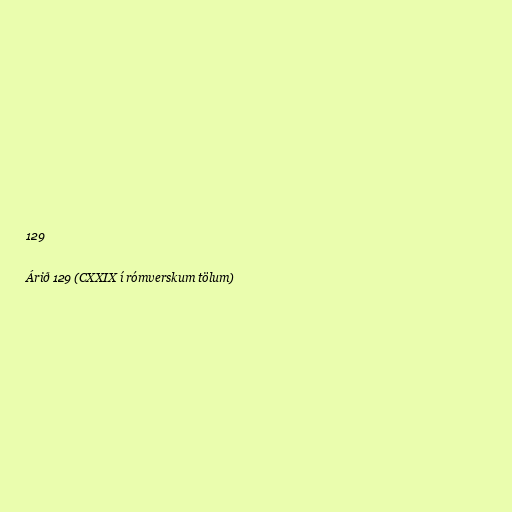
129

Árið 129 (CXXIX í rómverskum tölum)